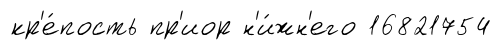
кр'е́пость пр'иор н'и́жн'его 16821754